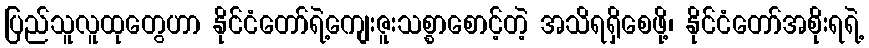
ပြည်သူလူထုတွေဟာ နိုင်ငံတော်ရဲ့ကျေးဇူးသစ္စာစောင့်တဲ့ အသိရရှိစေဖို့၊ နိုင်ငံတော်အစိုးရရဲ့